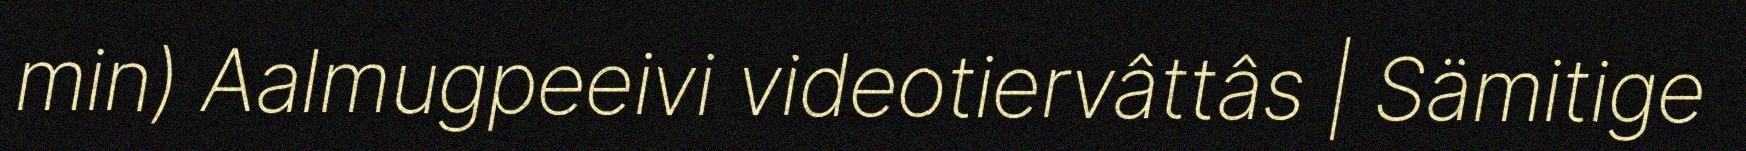
min) Aalmugpeeivi videotiervâttâs | Sämitige